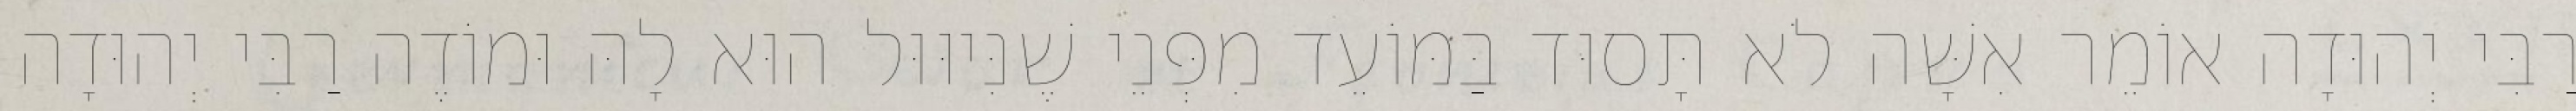
רַבִּי יְהוּדָה אוֹמֵר אִשָּׁה לֹא תָּסוּד בַּמּוֹעֵד מִפְּנֵי שֶׁנִּיוּוּל הוּא לָהּ וּמוֹדֶה רַבִּי יְהוּדָה